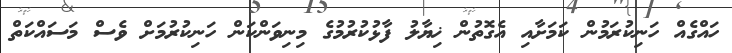
ހައްގެއް ހަނިކުރަމުން ކަމަށާއި އެގޮތުން ޚިޔާލު ފާޅުކުރުމުގެ މިނިވަންކަން ހަނިކުރުމަށް ވެސް މަސައްކަތް